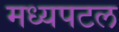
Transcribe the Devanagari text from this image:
मध्यपटल